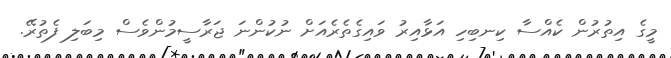
މީގެ އިތުރުން ކެއްސާ ކިނބިހި އަޅާއިރު ވައިގެތެރެއަށް ނުކުންނަ ޖަރާސީމުންވެސް މިބަލި ފެތުރޭ.